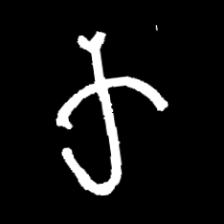
Pyu character \u2014 Myanmar letter: က (romanized: ka)